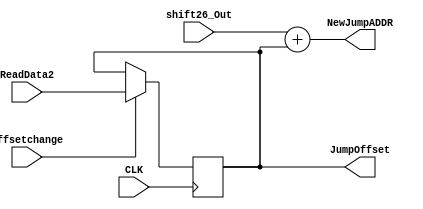
module SetJumpOffset(CLK,ReadData2, Offsetchange, NewJumpADDR, shift26_Out, JumpOffset);
 input CLK;
 input [31:0] ReadData2;
 input Offsetchange;
 output [31:0] NewJumpADDR;
 input [31:0] shift26_Out;
 output reg [31:0] JumpOffset;
 
 initial begin
		JumpOffset <= 0;
	end
	always@(posedge CLK)begin
		if(Offsetchange)begin
			JumpOffset <= ReadData2;
		end
		
	end
	assign NewJumpADDR = shift26_Out + JumpOffset;
endmodule